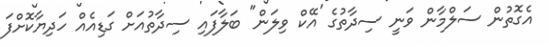
އެގޮތުން ސަލްމާން ވަނީ ސިދާތުގެ 'އޭކް ވިލަން" ބަލާފައި ސިދާތުއަށް ގަޑިއެއް ހަދިޔާކޮށްފަ